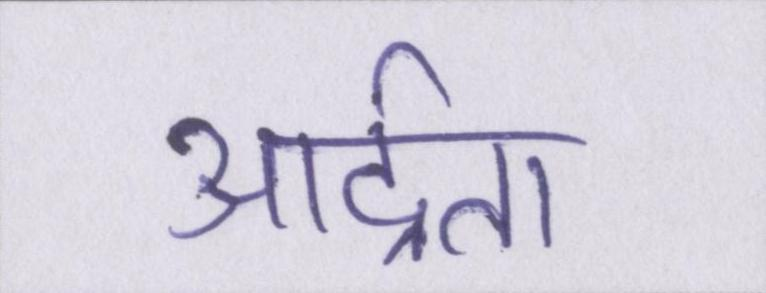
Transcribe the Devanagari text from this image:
आर्द्रता